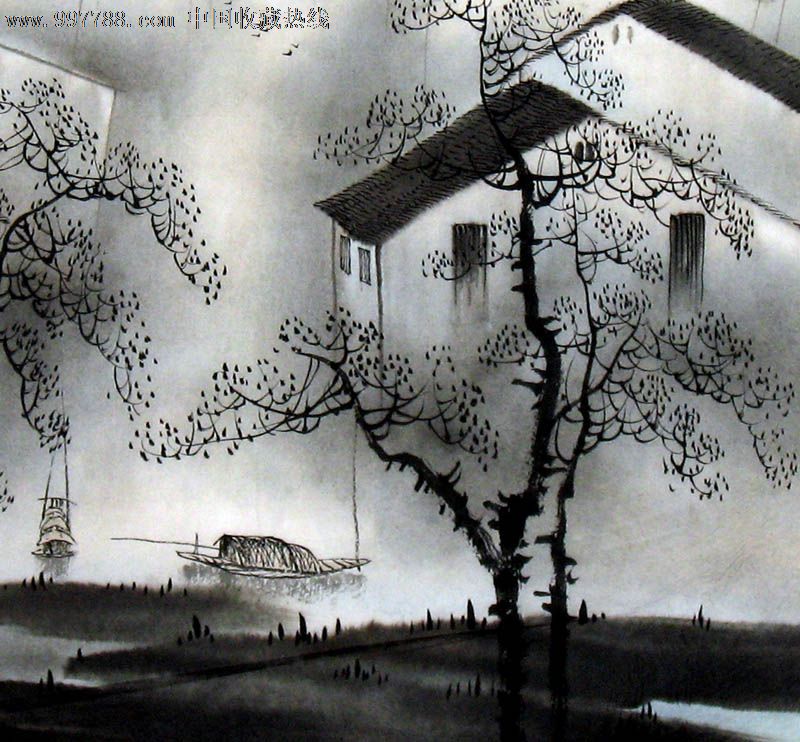
比不应事，未可谓喻文不称实，未可谓是也。